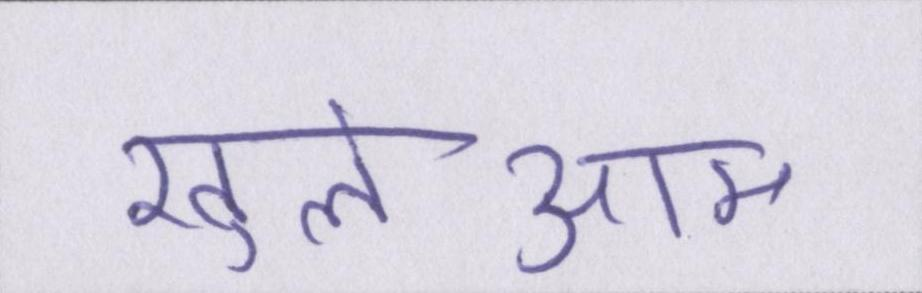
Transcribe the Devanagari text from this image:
खुलेआम